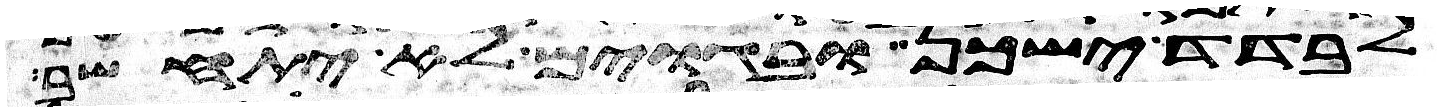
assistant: לבדד ישכן ובגוים לא יתחשב